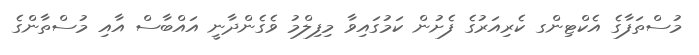
މުސްތަފާގެ އެކްޓިންގ ކެރިއަރުގެ ފެށުން ކަމުގައިވާ މިފިލްމު ވެގެންދާނީ އައްބާސް އާއި މުސްތާންގެ